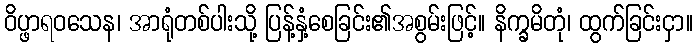
ဝိပ္ဖာရဝသေန၊ အာရုံတစ်ပါးသို့ ပြန့်နှံ့စေခြင်း၏အစွမ်းဖြင့်။ နိက္ခမိတုံ၊ ထွက်ခြင်းငှာ။